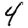
Digit: 4